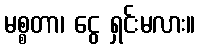
မစ္စတာ၊ ငွေ ရှင်းမလား။